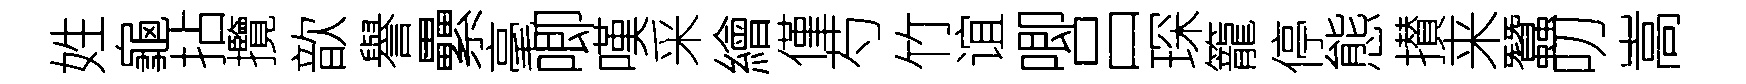
姓龜拈攬歆譽纍毫唧嘆采繪僅芍竹谊唧吕琛籠停態攅来蠶叨嵩